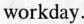
workday.